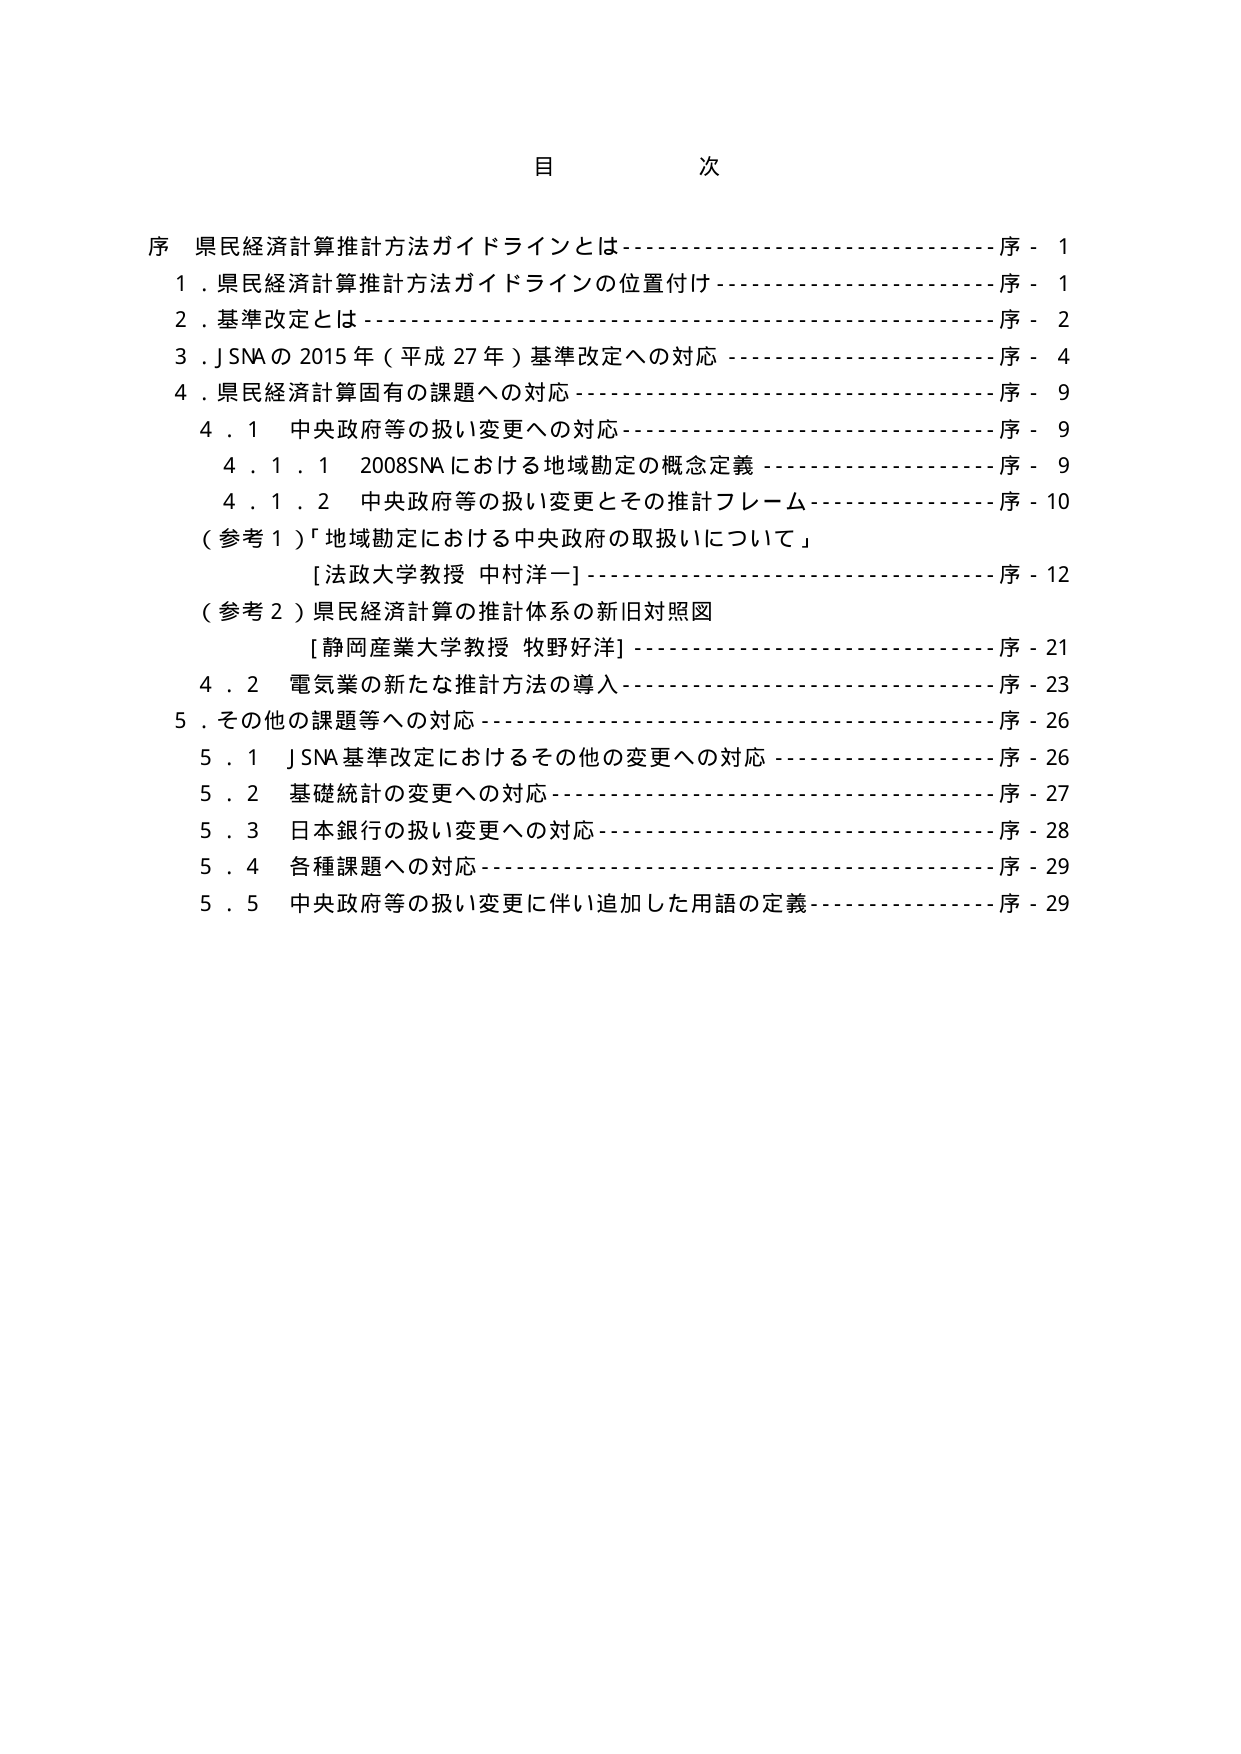
目 次

序 県民経済計算推計方法ガイドラインとは--------------------------序 - 1
1．県民経済計算推計方法ガイドラインの位置付け------------------序 - 1
2．基準改定とは-----------------------------------------------序 - 2
3．J SNA の 2015 年（平成 27 年）基準改定への対応------------------序 - 4
4．県民経済計算固有の課題への対応-------------------------------序 - 9
　4．1 中央政府等の扱い変更への対応-----------------------------序 - 9
　　4．1．1 2008SNA における地域勘定の概念定義------------------序 - 9
　　4．1．2 中央政府等の扱い変更とその推計フレーム-------------序 - 10
　（参考 1）「地域勘定における中央政府の取扱いについて」
　　　[法政大学教授 中村洋一]----------------------------------序 - 12
　（参考 2）県民経済計算の推計体系の新旧対照図
　　　[静岡産業大学教授 牧野好洋]------------------------------序 - 21
　4．2 電気業の新たな推計方法の導入-----------------------------序 - 23
5．その他の課題等への対応--------------------------------------序 - 26
　5．1 J SNA 基準改定におけるその他の変更への対応---------------序 - 26
　5．2 基礎統計の変更への対応----------------------------------序 - 27
　5．3 日本銀行の扱い変更への対応------------------------------序 - 28
　5．4 各種課題への対応----------------------------------------序 - 29
　5．5 中央政府等の扱い変更に伴い追加した用語の定義-------------序 - 29